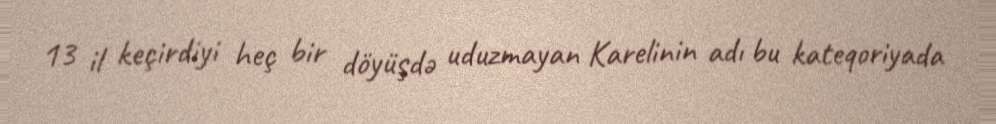
13 il keçirdiyi heç bir döyüşdə uduzmayan Karelinin adı bu kateqoriyada